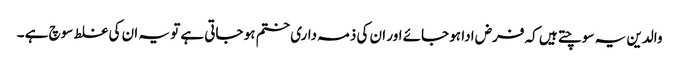
والدین یہ سوچتے ہیں کہ فرض ادا ہو جائے اور ان کی ذمہ داری ختم ہو جاتی ہے تو یہ ان کی غلط سوچ ہے ۔